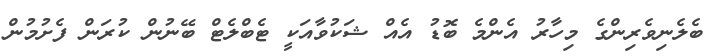
ބެލެނިވެރިންގެ މިހާރު އެންމެ ބޮޑު އެއް ޝަކުވާއަކީ ޓެބްލެޓް ބޭނުން ކުރަަން ފެށުމުން